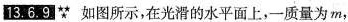
I3.6.9∵ 如图所示，在光滑的水平面上，一质量为 m，